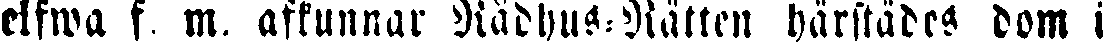
elfwa f. m. afkunnar Rådhus-Rätten härstädes dom i